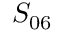
S _ { 0 6 }